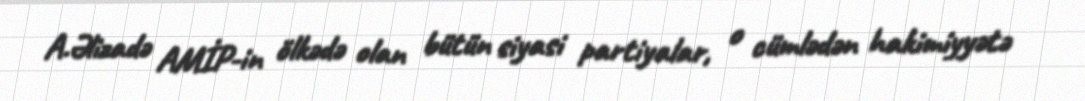
A.Əlizadə AMİP-in ölkədə olan bütün siyasi partiyalar, o cümlədən hakimiyyətə